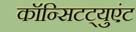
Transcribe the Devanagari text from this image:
कॉन्सिटट्युएंट